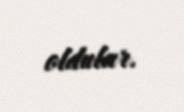
oldular.